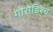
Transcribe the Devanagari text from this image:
गोरोडिश्च